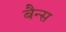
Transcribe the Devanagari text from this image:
बैन्स